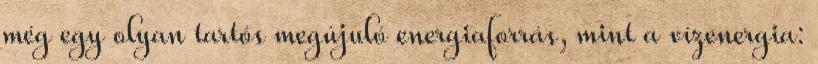
még egy olyan tartós megújuló energiaforrás, mint a vízenergia: